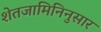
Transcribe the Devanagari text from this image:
शेतजामिनिनुसार